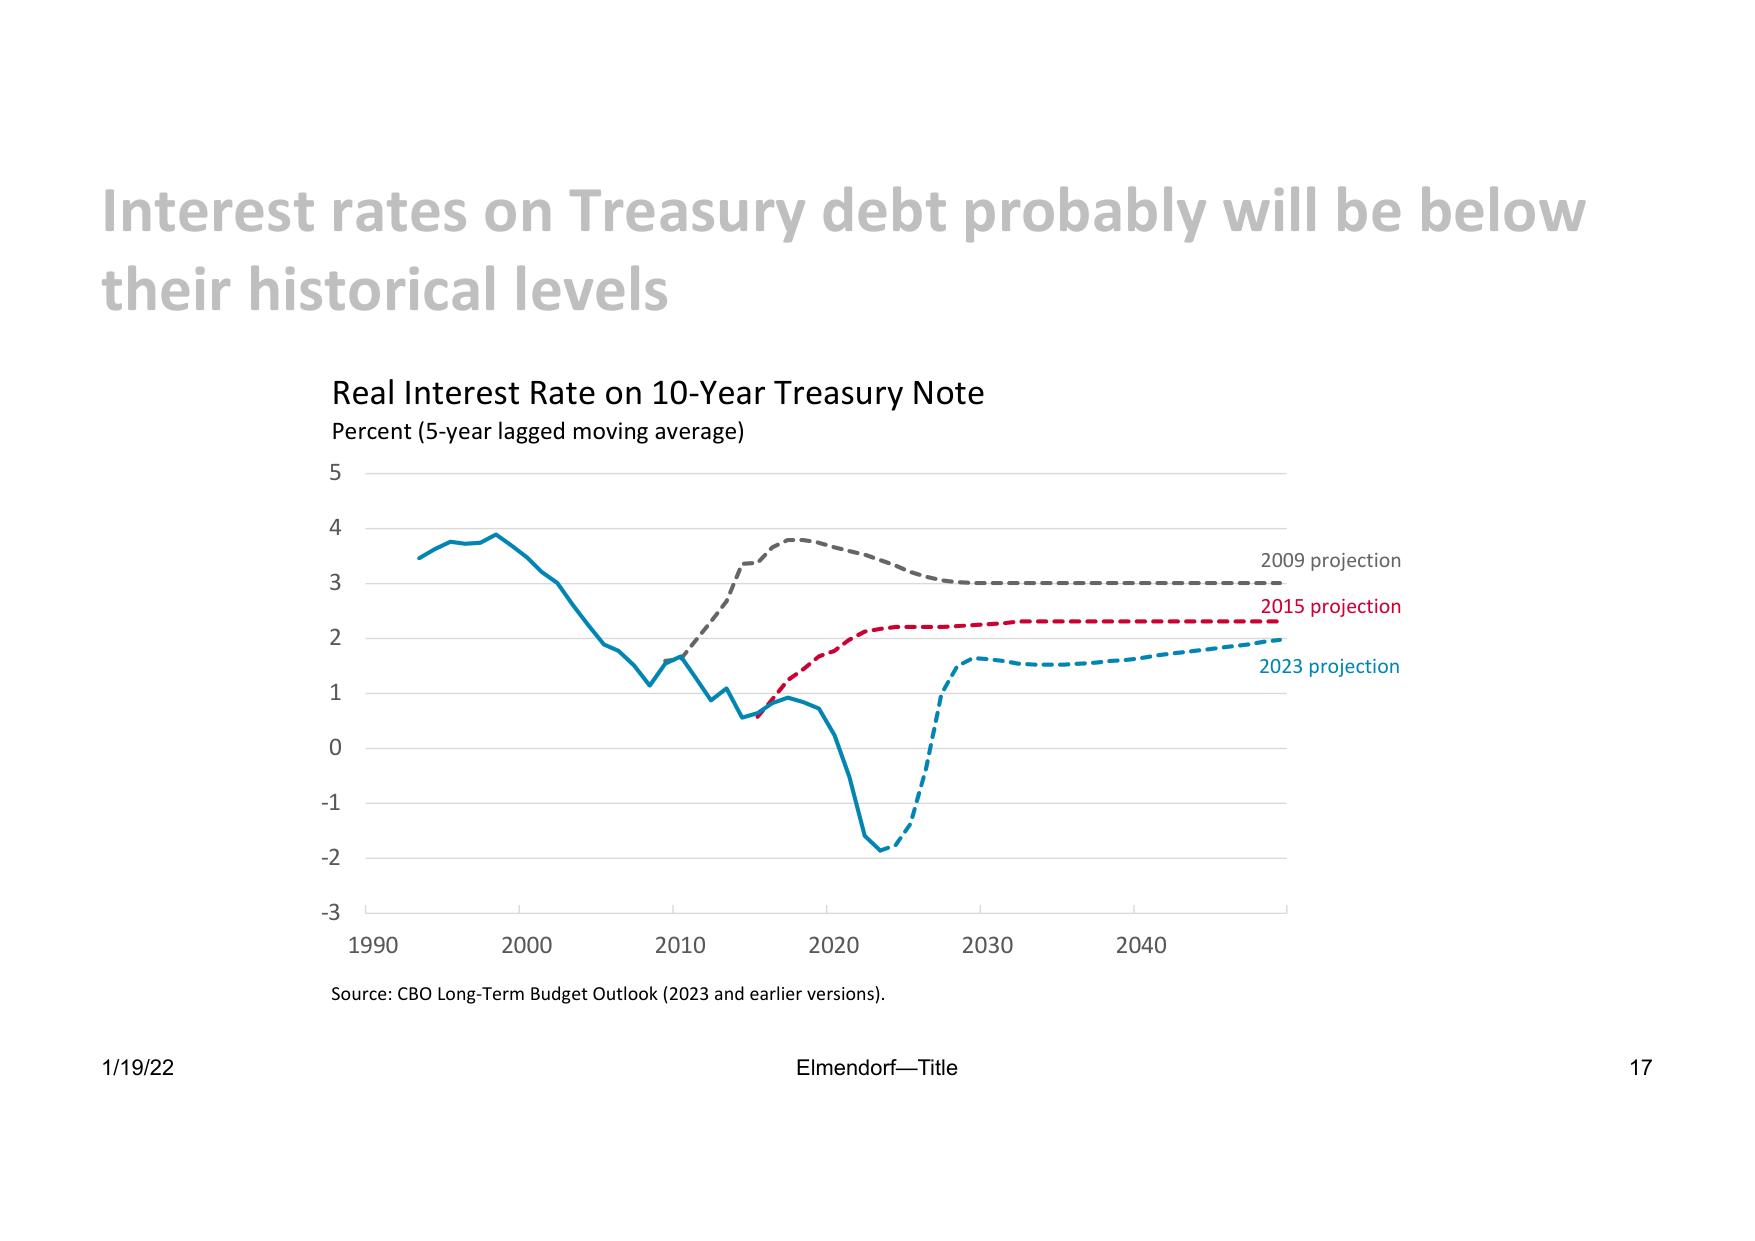
Interest rates on Treasury debt probably will be below their historical levels

Real Interest Rate on 10-Year Treasury Note
Percent (5-year lagged moving average)

5
4
3
2
1
0
-1
-2
-3

1990    2000    2010    2020    2030    2040

2009 projection
2015 projection
2023 projection

Source: CBO Long-Term Budget Outlook (2023 and earlier versions).

1/19/22    Elmendorf—Title    17